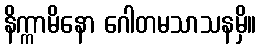
နိက္ကာမိနော ဂေါတမသာသနမှိ။